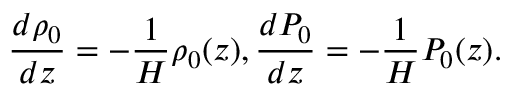
\frac { d \rho _ { 0 } } { d z } = - \frac { 1 } { H } \rho _ { 0 } ( z ) , \frac { d P _ { 0 } } { d z } = - \frac { 1 } { H } P _ { 0 } ( z ) .